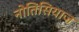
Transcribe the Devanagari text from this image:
नोतिसियाज